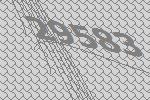
29583